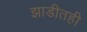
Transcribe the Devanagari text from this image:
झाडीतही